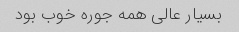
بسیار عالی همه جوره خوب بود